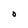
Character: O